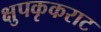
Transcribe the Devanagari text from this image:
क्षुपकृकराट